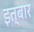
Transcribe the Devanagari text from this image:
इत्बार